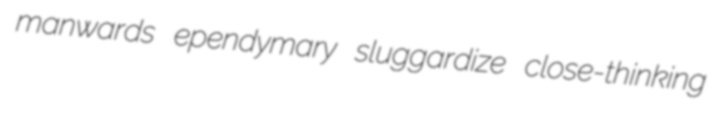
manwards ependymary sluggardize close-thinking